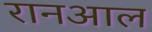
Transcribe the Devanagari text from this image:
रानआल